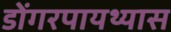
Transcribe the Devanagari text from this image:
डोंगरपायथ्यास